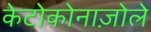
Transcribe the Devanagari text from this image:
केटोकोनाज़ोले